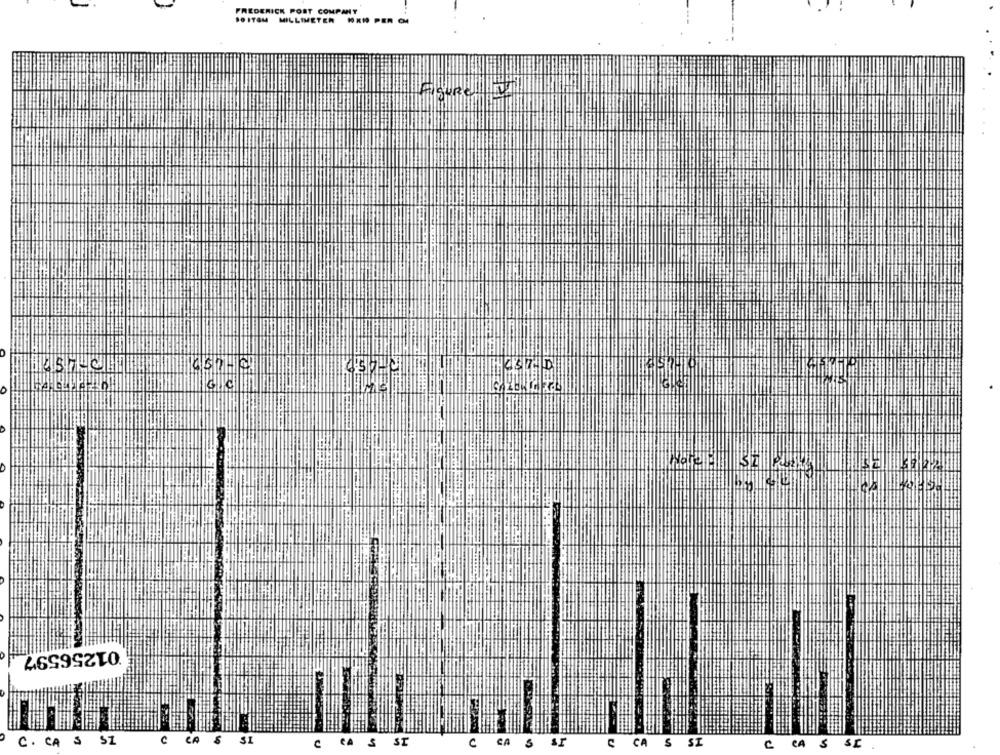
FREDERICK PORT COMPANY
DOITOM MILLIMETER NEW PER CM
01256597
C. CA & SZ
C CA S SI
CA
C CA S ST
C
sr
CA S SI
CA S SI